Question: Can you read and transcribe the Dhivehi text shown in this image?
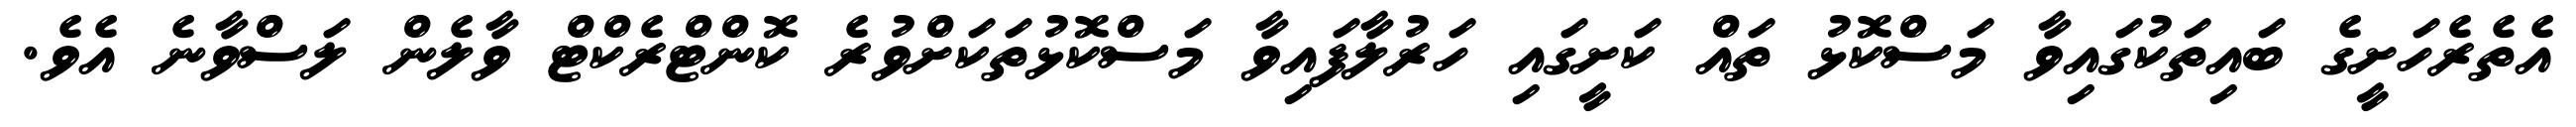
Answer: އެތެރެހަށީގެ ބައިތަކުގައިވާ މަސްކޮޅު ތައް ކަށީގައި ހަރުލާފައިވާ މަސްކޮޅުތަކަށްވުރެ ކޮންޓްރެކްޓް ވާލެން ލަސްވާނެ އެވެ.